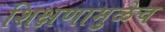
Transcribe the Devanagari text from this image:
शिक्षणामुळेच